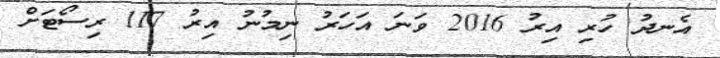
އެނދު ހުރި އިރު 2016 ވަނަ އަހަރު ނިމުނު އިރު 117 ރިސޯޓަށް